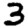
Digit: 3